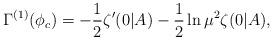
LaTeX: \begin{align*}\Gamma^{(1)}(\phi_c) = -\frac12 \zeta'(0|A) -\frac12 \ln \mu^2 \zeta(0|A),\end{align*}